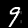
Label: 9